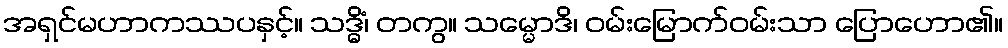
အရှင်မဟာကဿပနှင့်။ သဒ္ဓိံ၊ တကွ။ သမ္မောဒိ၊ ဝမ်းမြောက်ဝမ်းသာ ပြောဟော၏။